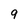
Character: 9